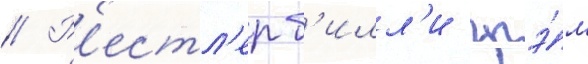
// Р'естл'ер б'илл'и грэ́м